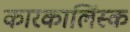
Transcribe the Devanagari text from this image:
कारकालिंस्क